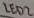
Text: LED2